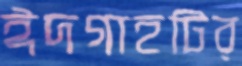
ঈদগাহটির